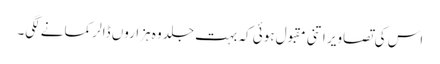
اس کی تصاویر اتنی مقبول ہوئی کہ بہت جلد وہ ہزاروں ڈالر کمانے لگی۔